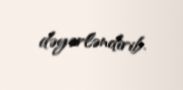
dəyərləndirib.